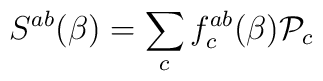
S^{ab}(\beta) = \sum_c f^{ab}_c (\beta) {\cal P}_c